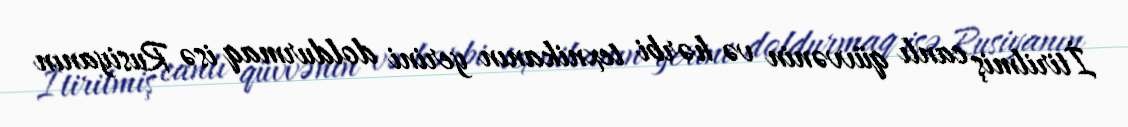
İtirilmiş canlı qüvvənin və hərbi texnikanın yerini doldurmaq isə Rusiyanın